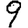
Digit: 9